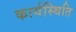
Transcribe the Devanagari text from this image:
कार्यस्थिति